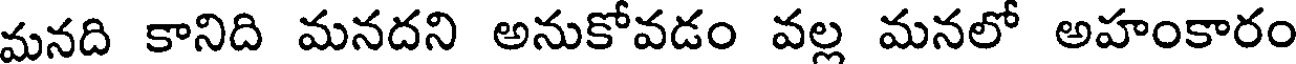
మనది కానిది మనదని అనుకోవడం వల్ల మనలో అహంకారం